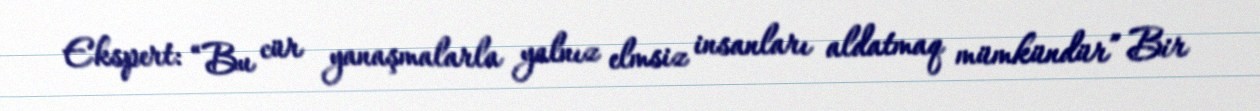
Ekspert: “Bu cür yanaşmalarla yalnız elmsiz insanları aldatmaq mümkündür” Bir